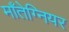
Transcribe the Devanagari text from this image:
माँतेग्नियर